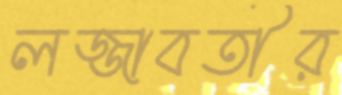
লজ্জাবতীর